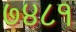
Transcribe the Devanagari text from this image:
७४८१